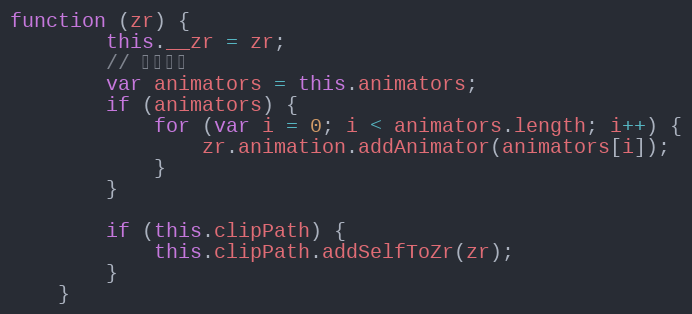
Language: JavaScript
function (zr) {
        this.__zr = zr;
        // 添加动画
        var animators = this.animators;
        if (animators) {
            for (var i = 0; i < animators.length; i++) {
                zr.animation.addAnimator(animators[i]);
            }
        }

        if (this.clipPath) {
            this.clipPath.addSelfToZr(zr);
        }
    }